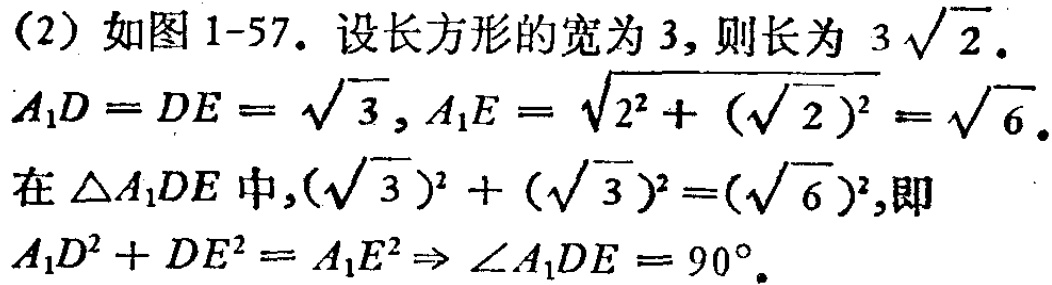
(2) 如图 1-57. 设长方形的宽为 \(3\), 则长为 \(3\sqrt{2}\).
\(A_{1}D = DE=\sqrt{3}, A_{1}E=\sqrt{2^{2}+(\sqrt{2})^{2}}=\sqrt{6}\).
在 \(\triangle A_{1}DE\) 中, \((\sqrt{3})^{2}+(\sqrt{3})^{2}=(\sqrt{6})^{2}\), 即
\(A_{1}D^{2}+DE^{2}=A_{1}E^{2}\Rightarrow \angle A_{1}DE = 90^{\circ}\).